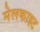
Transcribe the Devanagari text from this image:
मेलकाइट